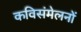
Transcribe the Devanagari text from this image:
कविसंमेलनों